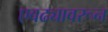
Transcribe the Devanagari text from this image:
एवढ्यावरून